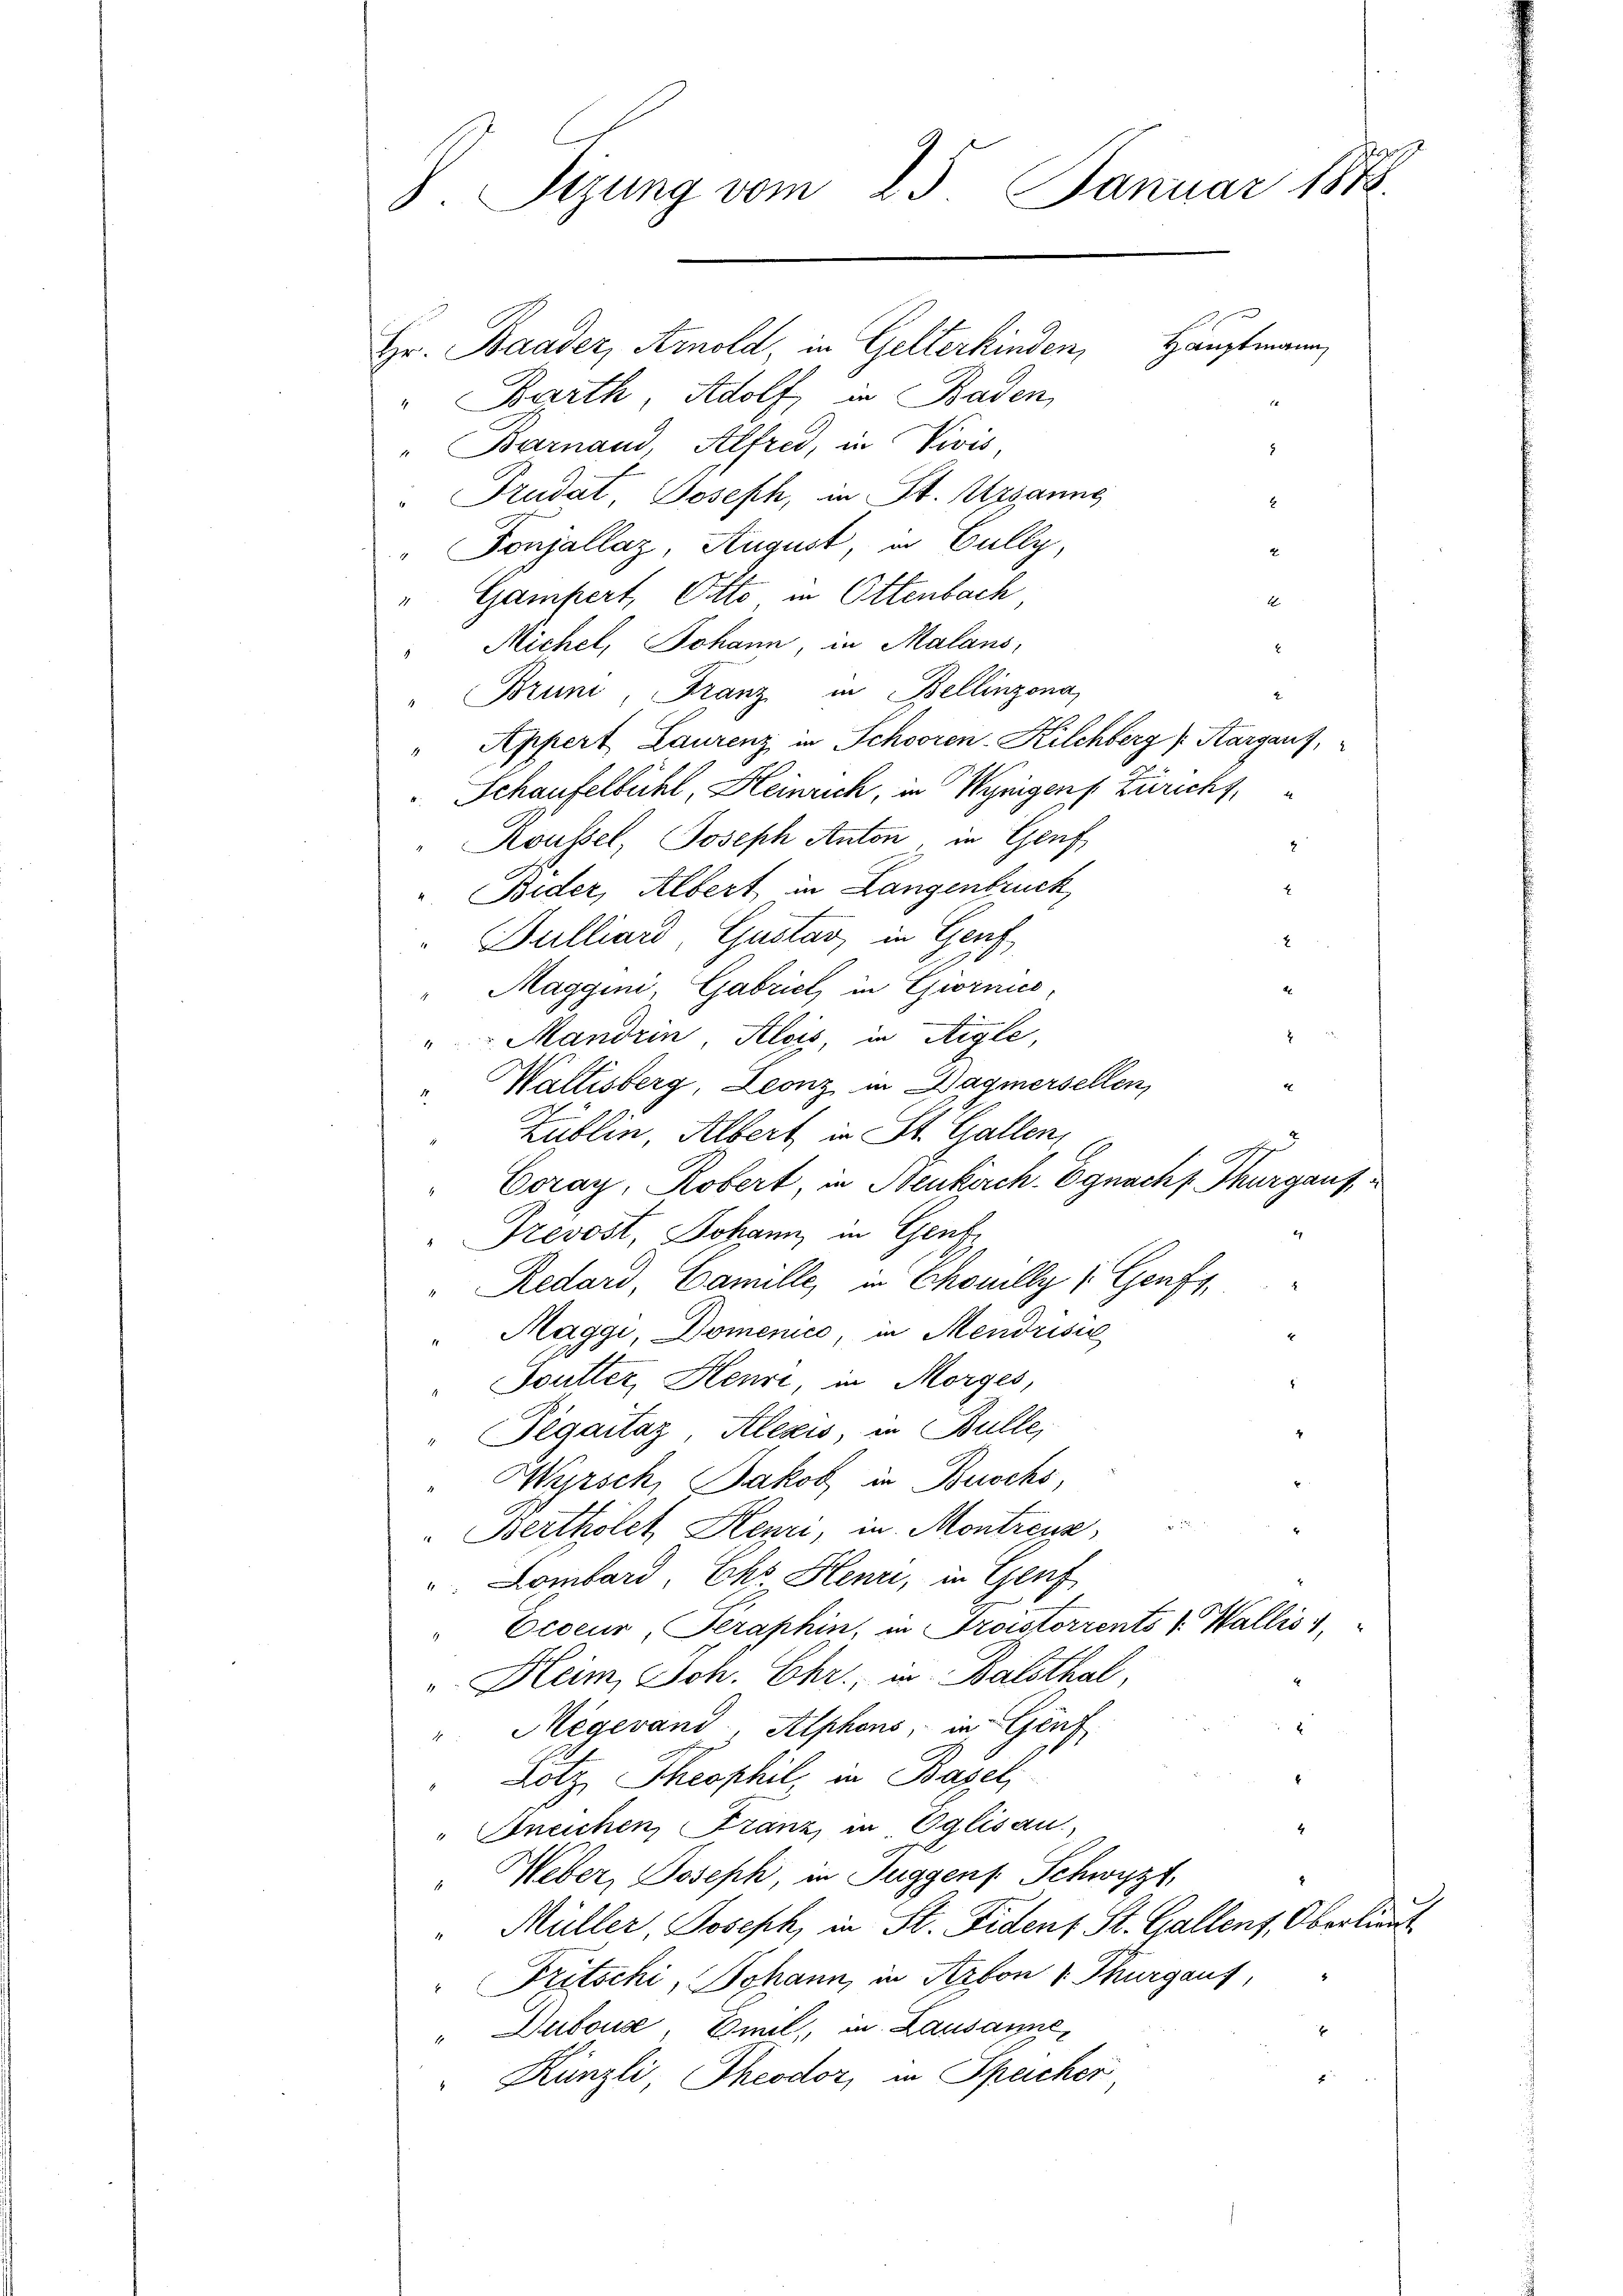
). Sizung vom 25. Januar 1848.
Hauptmann
Hr. Baader, Amold in Gelterkinden,
" Barth, Adolf, in Baden,
"Barnand, Alfred, in Vivis,
5
" Trudat Joseph, in St. Gesanne
2
"Fonjallaz, August, in Gully,
2
" Gampert, Otto in Ottenbach
1

Michel, Johann, in Malans,
.
Bruni, Franz in Bellinzona,
" Appert Laurenz in Schooren-Kilchberg (Aargauf,
Schaufelbühl, Heinrich, in Wynigens Zürich,
"Koussel, Joseph Anton, in Genf
" Bider, Albert in Langenbruck
Bulliard, Gustav in Genf
Maggini, Gabrich in Giornico,
"Mandrin Alois, in Aigle,
Wallisberg, Leonz in Wagmersellen,
4
Züblin, Albert in St. Gallen,
"Coray, Robert, in Neukirch- Egnachs Thurgauf
" Trevost, Johann in Genf
" Redard, Camille, in Chouilly (Genf,
"Maggi, Domenico, in Mendrisie
4
" Soutter Henri, in Morges,
"Pegaitaz, Alexis, in Bulle,
Wyrsch, Jakob in Buchs,
"Bertholet Henzi, in Montreuz
 Lombard, Cho Henzi, in Genf
" Ecoeur, Peraphin, in Fristorrents v. Wallis 1
" Heim, Joh. Chr., in Balsthal

"Megevand, Alphons, in Genf
Lötz, Theophil, in Basel
"Ineichen, Franz in Eglisau.
4
Heber, Joseph, in Suggens Schwyz,
1
" Müller, Joseph, in St. Fident St. Gallent, Oberlieut
"Fritschi, Johann, in Arbon 1. Thurgauf,
" Dubouse, mit, in Lausanne,
Künzli, Theodor, in Speicher,

.
.
x

7